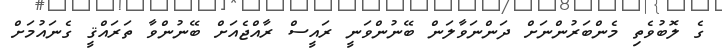
ގެ ލޮބުވެތި މެންބަރުންނަށް ދަންނަވާލަން ބޭނުންވަނީ ރައީސް ރާއްޖެއަށް ބޭނުންވާ ތަރައްޤީ ގެނައުމަށް